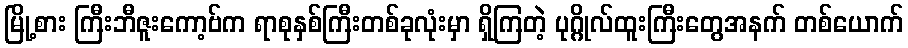
မြို့စား ကြီးဘီဇူးကော့ဗ်က ရာစုနှစ်ကြီးတစ်ခုလုံးမှာ ရှိကြတဲ့ ပုဂ္ဂိုလ်ထူးကြီးတွေအနက် တစ်ယောက်